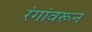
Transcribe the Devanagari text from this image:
रंगांवरून